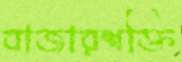
বাজারশক্তি